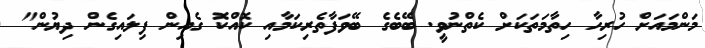
މަންމައަށް ހުރިހާ ހިތާމަތަކަށް ކެތްނުވީ. ބޭބެގެ ބޭވަފާތެރިކަމާއި ކޮއްކޮ ގެއިން ފިލައިގެން ދިޔުން"